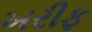
ખરીફ